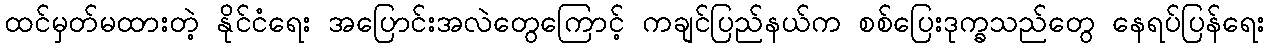
ထင်မှတ်မထားတဲ့ နိုင်ငံရေး အပြောင်းအလဲတွေကြောင့် ကချင်ပြည်နယ်က စစ်ပြေးဒုက္ခသည်တွေ နေရပ်ပြန်ရေး